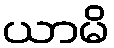
ယာမိ